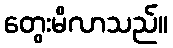
တွေးမိလာသည်။